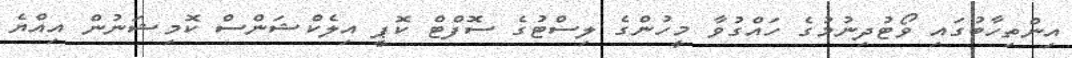
އިންތިހާބުގައި ވޯޓުދިނުމުގެ ހައްގުވާ މީހުންގެ ލިސްޓުގެ ސޮފްޓް ކޮޕީ އިލެކްޝަންސް ކޮމިޝަނުން އިއްޔެ